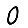
Digit: 0